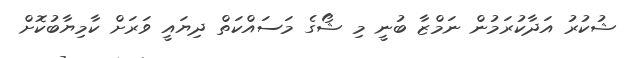
ޝުކުރު އަދާކުރަމުން ނަމްޒާ ބުނީ މި ޝޯގެ މަސައްކަތް ދިޔައީ ވަރަށް ކާމިޔާބުކޮށް